NAE_ERA_R-2362_Emakeele_Selts, lk 13
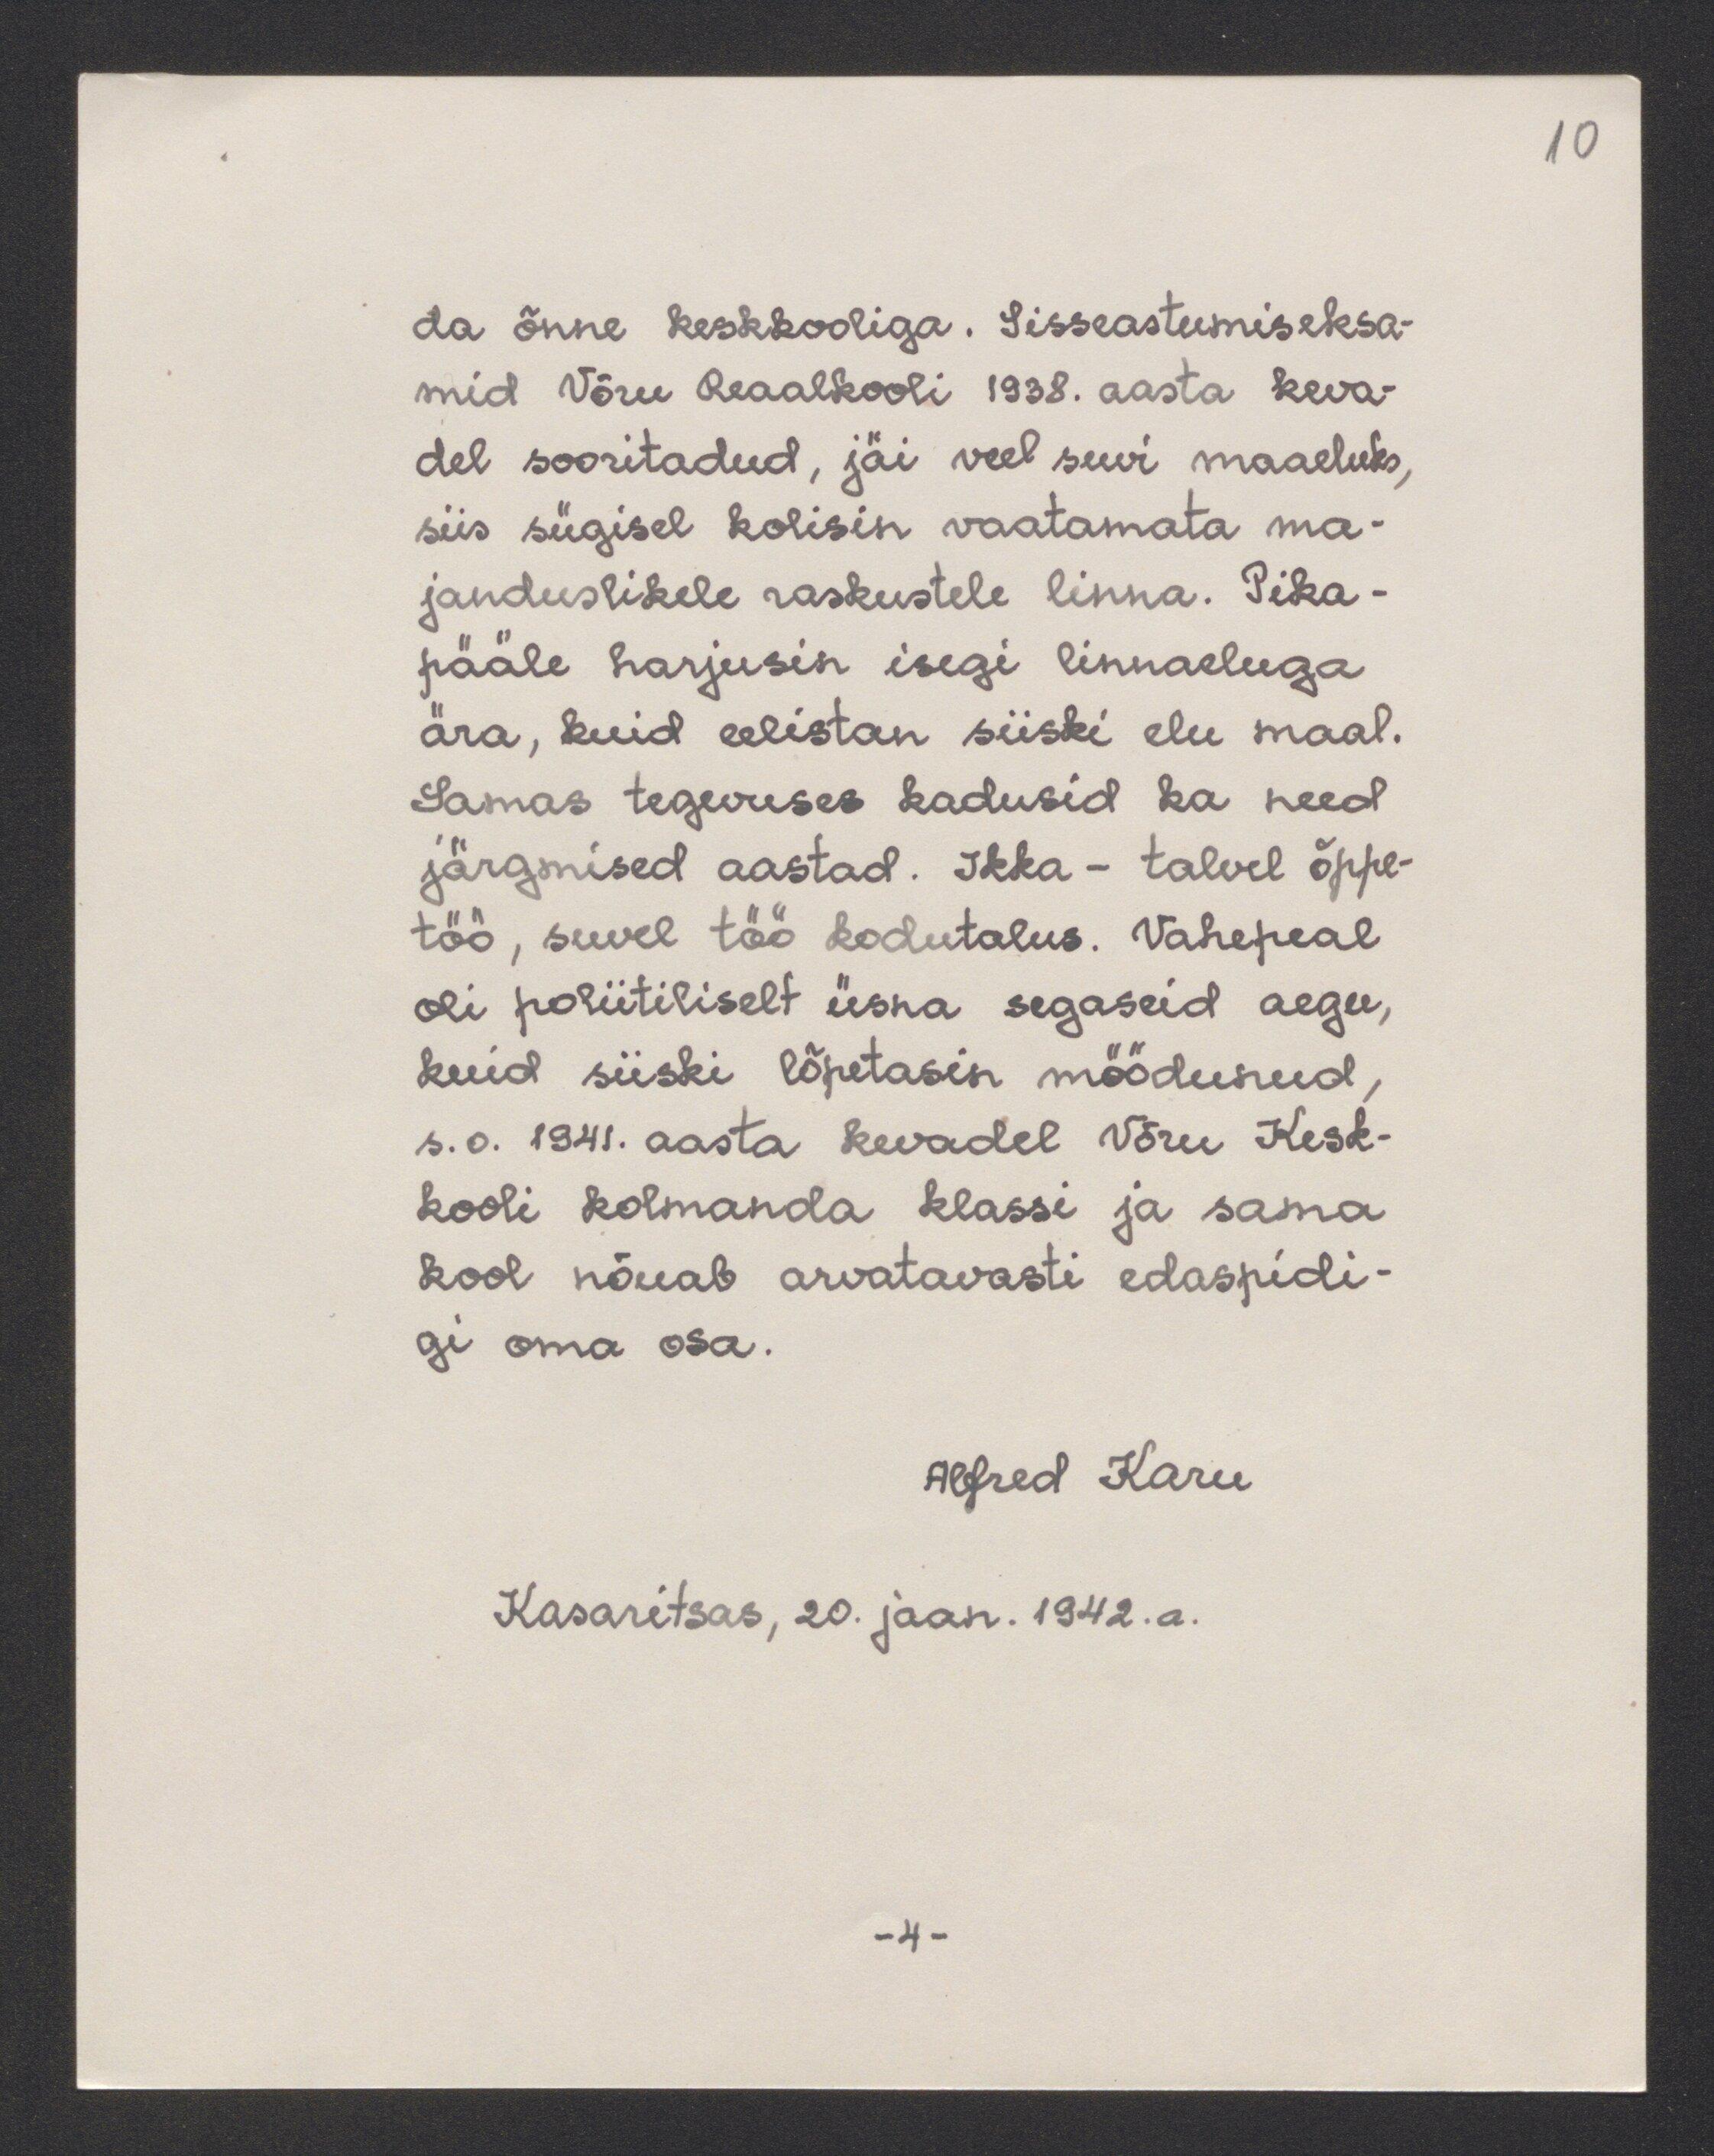
10

da õnne keskkooliga. Sisseastumiseksa-
mid Võru Reaalkooli 1938. aasta keva-
del sooritadud, jäi veel suvi maaeluks,
siis sügisel kolisin vaatamata ma-
janduslikele raskustele linna. Pika-
pääle harjusin isegi linnaeluga
ära, kuid eelistan siiski elu maal.
Samas tegevuses kadusid ka need
järgmised aastad. Ikka - talvel õppe-
töö, suvel töö kodutalus. Vahepeal
oli poliitiliselt üsna segaseid aegu,
kuid siiski lõpetasin möödunud.
s.o. 1941. aasta kevadel Võru Kesk-
kooli kolmanda klassi ja sama
kool nõuab arvatavasti edaspidi-
gi oma osa.
Alfred Karu
Kasaritsas, 20. jaan. 1942.a.

-4.